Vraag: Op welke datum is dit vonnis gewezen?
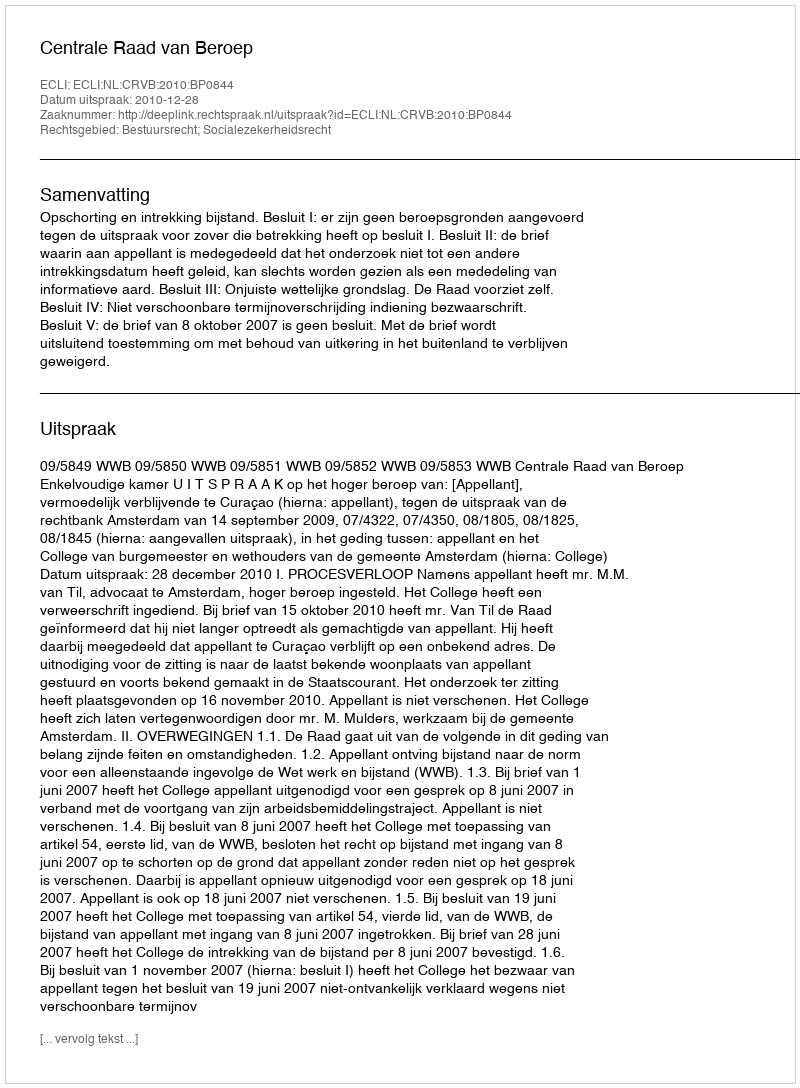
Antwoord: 2010-12-28